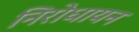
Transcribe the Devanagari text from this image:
निरोधायन